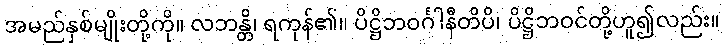
အမည်နှစ်မျိုးတို့ကို။ လဘန္တိ၊ ရကုန်၏။ ပိဋ္ဌိဘဝင်္ဂါနီတိပိ၊ ပိဋ္ဌိဘဝင်တို့ဟူ၍လည်း။